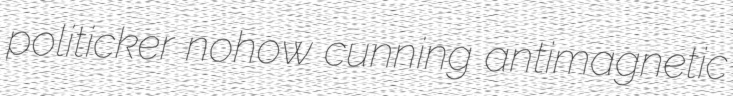
politicker nohow cunning antimagnetic